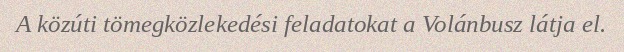
A közúti tömegközlekedési feladatokat a Volánbusz látja el.